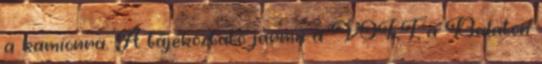
a kamionra. A tájékoztató jármű a VOLT, a Balaton